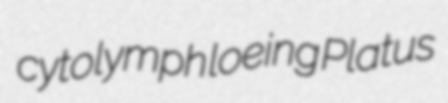
cytolymph loeing Platus